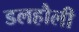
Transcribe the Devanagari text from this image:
डलहौली